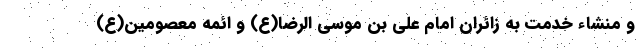
و منشاء خدمت به زائران امام علی بن موسی الرضا(ع) و ائمه معصومین(ع)